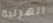
الهزلية